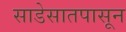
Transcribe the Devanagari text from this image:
साडेसातपासून